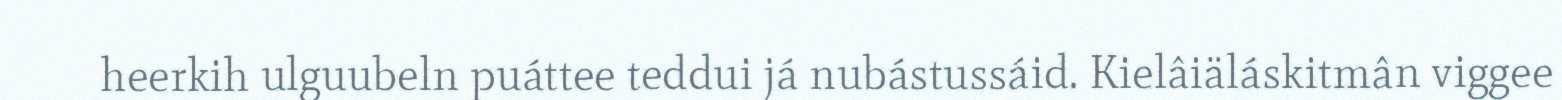
heerkih ulguubeln puáttee teddui já nubástussáid. Kielâiäláskitmân viggee